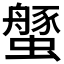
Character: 𱽃